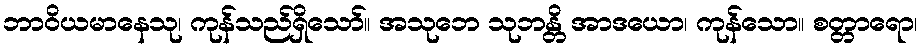
ဘာဝိယမာနေသု၊ ကုန်သည်ရှိသော်။ အသုဘေ သုဘန္တိ အာဒယော၊ ကုန်သော။ စတ္တာရော၊